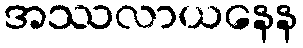
အဿလာယနေန